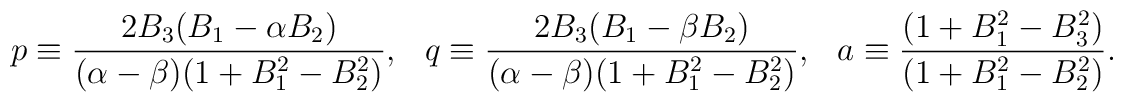
p \equiv  \frac{ 2 B_3 (B_1 - \alpha B_2) }                         { ( \alpha - \beta ) (1 + B_1^2 - B_2^2) },         \hspace{0.3cm}          q \equiv  \frac{ 2 B_3 (B_1 - \beta B_2)  }                         { ( \alpha - \beta ) (1 + B_1^2 - B_2^2) },        \hspace{0.3cm}        a \equiv  \frac{ (1 + B_1^2 - B_3^2)}{(1 + B_1^2 - B_2^2)}.